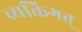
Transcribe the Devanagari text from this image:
व्यक्तिगत्